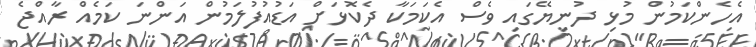
އެހެންކަމުން މުޅި ދުނިޔޭގައި ވެސް އެކަމަކާ ދެކޮޅަށް އަޑުއުފުލަމުން އަންނަ ކަމެއް ރާއްޖެ